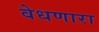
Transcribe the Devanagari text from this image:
वेधणारा